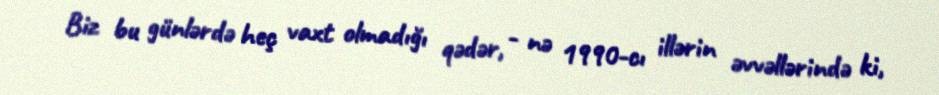
Biz bu günlərdə heç vaxt olmadığı qədər, - nə 1990-cı illərin əvvəllərində ki,